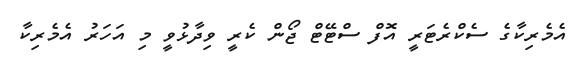
އެމެރިކާގެ ސެކްރެޓަރީ އޮފް ސްޓޭޓް ޖޯން ކެރީ ވިދާޅުވީ މި އަހަރު އެމެރިކާ